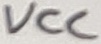
Text: VCC